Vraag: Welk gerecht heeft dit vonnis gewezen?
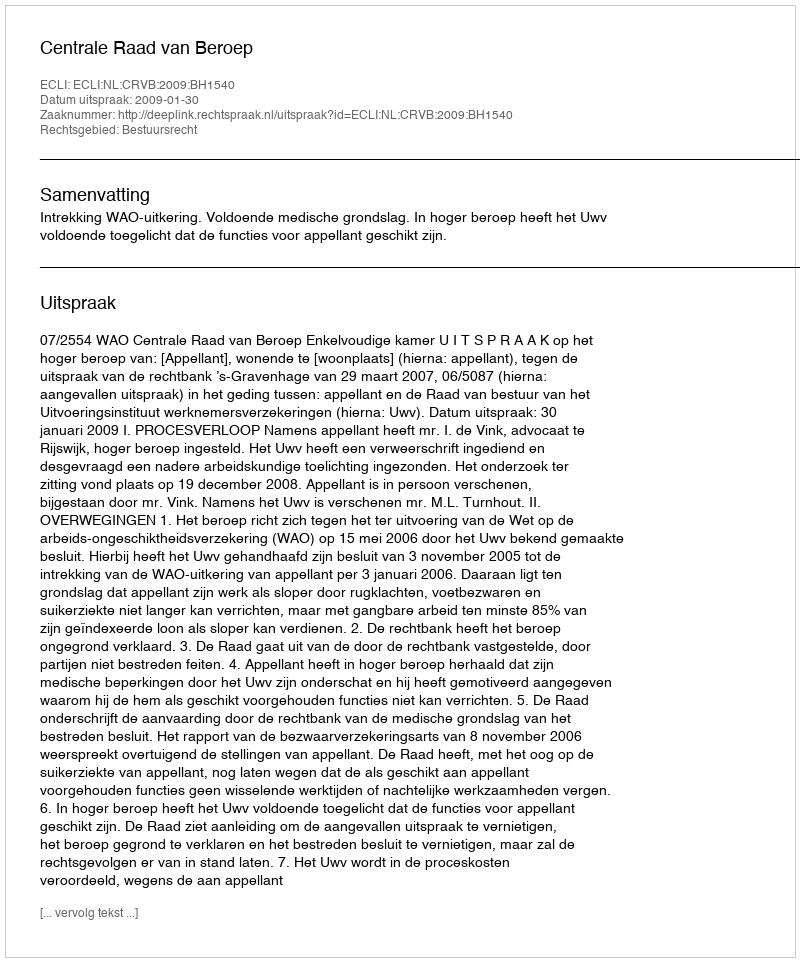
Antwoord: Centrale Raad van Beroep